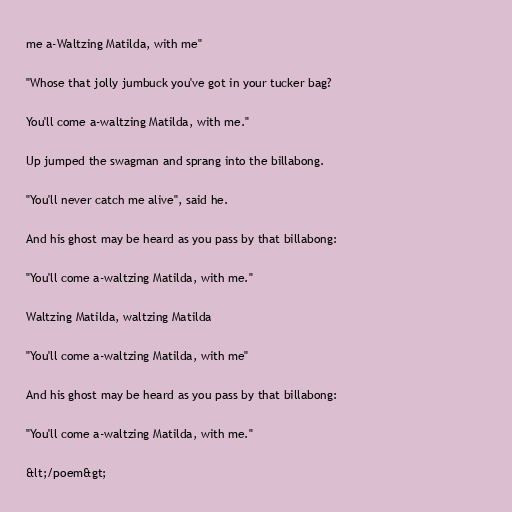
me a-Waltzing Matilda, with me"

"Whose that jolly jumbuck you've got in your tucker bag?

You'll come a-waltzing Matilda, with me."

Up jumped the swagman and sprang into the billabong.

"You'll never catch me alive", said he.

And his ghost may be heard as you pass by that billabong:

"You'll come a-waltzing Matilda, with me."

Waltzing Matilda, waltzing Matilda

"You'll come a-waltzing Matilda, with me"

And his ghost may be heard as you pass by that billabong:

"You'll come a-waltzing Matilda, with me."

&lt;/poem&gt;